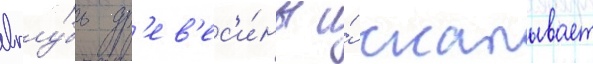
вглу́бь др'ев'ес'и́ны и́ скалывает